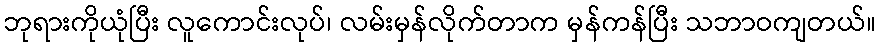
ဘုရားကိုယုံပြီး လူကောင်းလုပ်၊ လမ်းမှန်လိုက်တာက မှန်ကန်ပြီး သဘာဝကျတယ်။